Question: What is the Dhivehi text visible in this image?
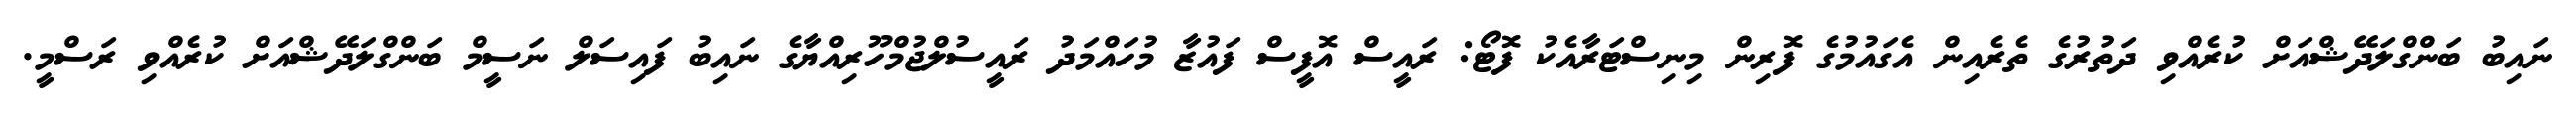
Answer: ނައިބު ބަންގްލަދޭޝްއަށް ކުރެއްވި ދަތުރުގެ ތެރެއިން އެގައުމުގެ ފޮރިން މިނިސްޓަރާއެކު ފޮޓޯ: ރައީސް އޮފީސް ފައުޒާ މުހައްމަދު ރައީސުލްޖުމްހޫރިއްޔާގެ ނައިބު ފައިސަލް ނަސީމް ބަންގްލަދޭޝްއަށް ކުރެއްވި ރަސްމީ.